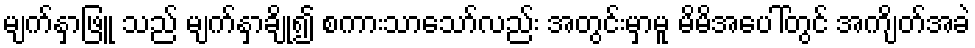
မျက်နှာဖြူ သည် မျက်နှာချို၍ စကားသာသော်လည်း အတွင်းမှာမူ မိမိအပေါ်တွင် အကျိတ်အခဲ